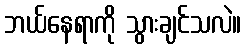
ဘယ်နေရာကို သွားချင်သလဲ။